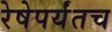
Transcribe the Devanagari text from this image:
रेषेपर्यंतच